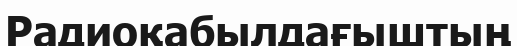
Радиоқабылдағыштың